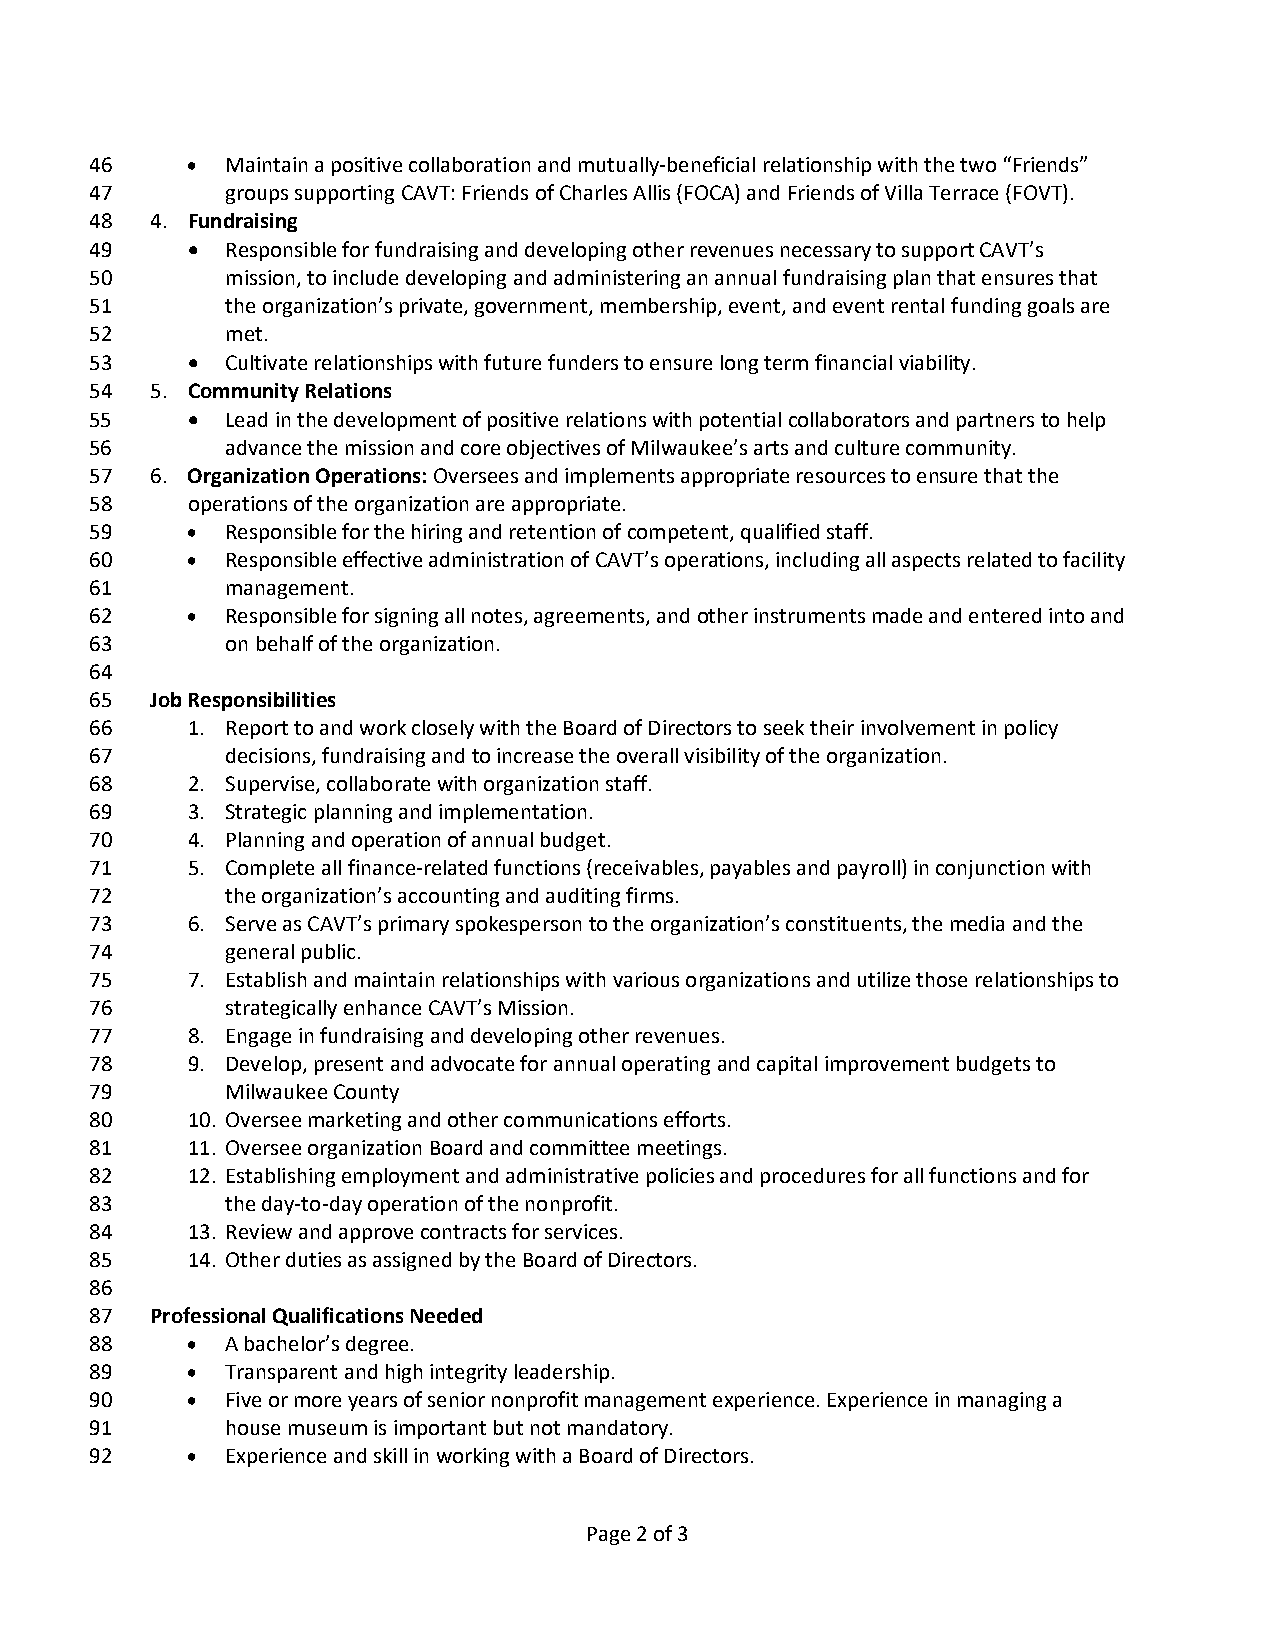
46    •  Maintain a positive collaboration and mutually-beneficial relationship with the two “Friends”
 47       groups supporting CAVT: Friends of Charles Allis (FOCA) and Friends of Villa Terrace (FOVT).
 48  4. Fundraising
 49    •  Responsible for fundraising and developing other revenues necessary to support CAVT’s
 50       mission, to include developing and administering an annual fundraising plan that ensures that
 51       the organization’s private, government, membership, event, and event rental funding goals are
 52       met.
 53    •  Cultivate relationships with future funders to ensure long term financial viability.
 54  5. Community Relations
 55    •  Lead in the development of positive relations with potential collaborators and partners to help
 56       advance the mission and core objectives of Milwaukee’s arts and culture community.
 57  6. Organization Operations: Oversees and implements appropriate resources to ensure that the
 58    operations of the organization are appropriate.
 59    •  Responsible for the hiring and retention of competent, qualified staff.
 60    •  Responsible effective administration of CAVT’s operations, including all aspects related to facility
 61       management.
 62    •  Responsible for signing all notes, agreements, and other instruments made and entered into and
 63       on behalf of the organization.
 64
 65  Job Responsibilities
 66    1. Report to and work closely with the Board of Directors to seek their involvement in policy
 67       decisions, fundraising and to increase the overall visibility of the organization.
 68    2. Supervise, collaborate with organization staff.
 69    3. Strategic planning and implementation.
 70    4. Planning and operation of annual budget.
 71    5. Complete all finance-related functions (receivables, payables and payroll) in conjunction with
 72       the organization’s accounting and auditing firms.
 73    6. Serve as CAVT’s primary spokesperson to the organization’s constituents, the media and the
 74       general public.
 75    7. Establish and maintain relationships with various organizations and utilize those relationships to
 76       strategically enhance CAVT’s Mission.
 77    8. Engage in fundraising and developing other revenues.
 78    9. Develop, present and advocate for annual operating and capital improvement budgets to
 79       Milwaukee County
 80    10. Oversee marketing and other communications efforts.
 81    11. Oversee organization Board and committee meetings.
 82    12. Establishing employment and administrative policies and procedures for all functions and for
 83       the day-to-day operation of the nonprofit.
 84    13. Review and approve contracts for services.
 85    14. Other duties as assigned by the Board of Directors.
 86
 87  Professional Qualifications Needed
 88    •  A bachelor’s degree.
 89    •  Transparent and high integrity leadership.
 90    •  Five or more years of senior nonprofit management experience. Experience in managing a
 91       house museum is important but not mandatory.
 92    •  Experience and skill in working with a Board of Directors.
 Page 2 of 3